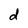
Character: d